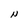
Character: N